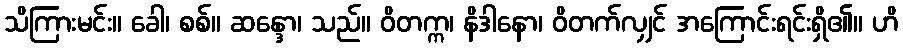
သိကြားမင်း။ ခေါ၊ စစ်။ ဆန္ဒော၊ သည်။ ဝိတက္က၊ နိဒါနော၊ ဝိတက်လျှင် အကြောင်းရင်းရှိ၏။ ဟိ